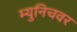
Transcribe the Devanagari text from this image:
म्युनिचवर